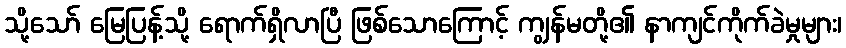
သို့သော် မြေပြန့်သို့ ရောက်ရှိလာပြီ ဖြစ်သောကြောင့် ကျွန်မတို့၏ နာကျင်ကိုက်ခဲမှုများ၊